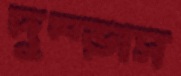
দুম্‌ড়াস